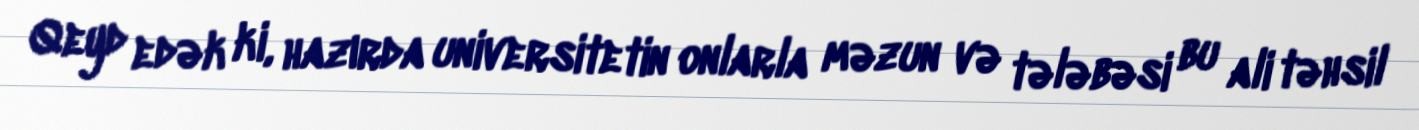
Qeyd edək ki, hazırda universitetin onlarla məzun və tələbəsi bu ali təhsil